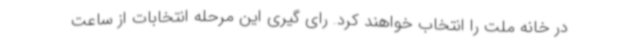
در خانه ملت را انتخاب خواهند کرد. رای گیری این مرحله انتخابات از ساعت